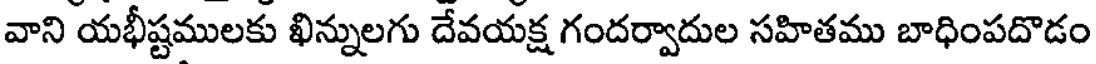
వాని యభీష్టములకు ఖిన్నులగు దేవయక్ష గందర్వాదుల సహితము బాధింపదొడం